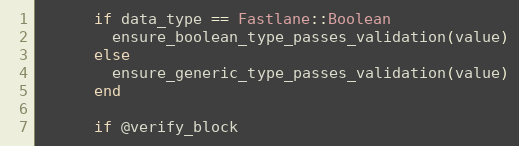
Language: Ruby
      if data_type == Fastlane::Boolean
        ensure_boolean_type_passes_validation(value)
      else
        ensure_generic_type_passes_validation(value)
      end

      if @verify_block